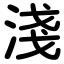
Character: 淺